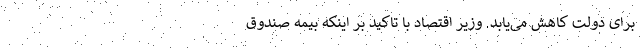
برای دولت کاهش می‌یابد. وزیر اقتصاد با تاکید بر اینکه بیمه صندوق